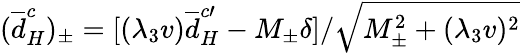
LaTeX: ({\overline{{{d}}}}_{H}^{c})_{\pm}=[({\lambda_{3}}v){\overline{{{d}}}}_{H}^{c\prime}-M_{\pm}{\delta}]/{\sqrt{M_{\pm}^{2}+({\lambda_{3}}v)^{2}}}